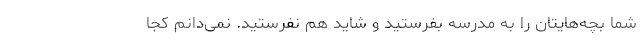
شما بچه‌هایتان را به مدرسه بفرستید و شاید هم نفرستید. نمی‌دانم کجا